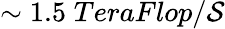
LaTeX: \sim1.5\; TeraFlop/\mathcal{S}